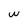
Character: w